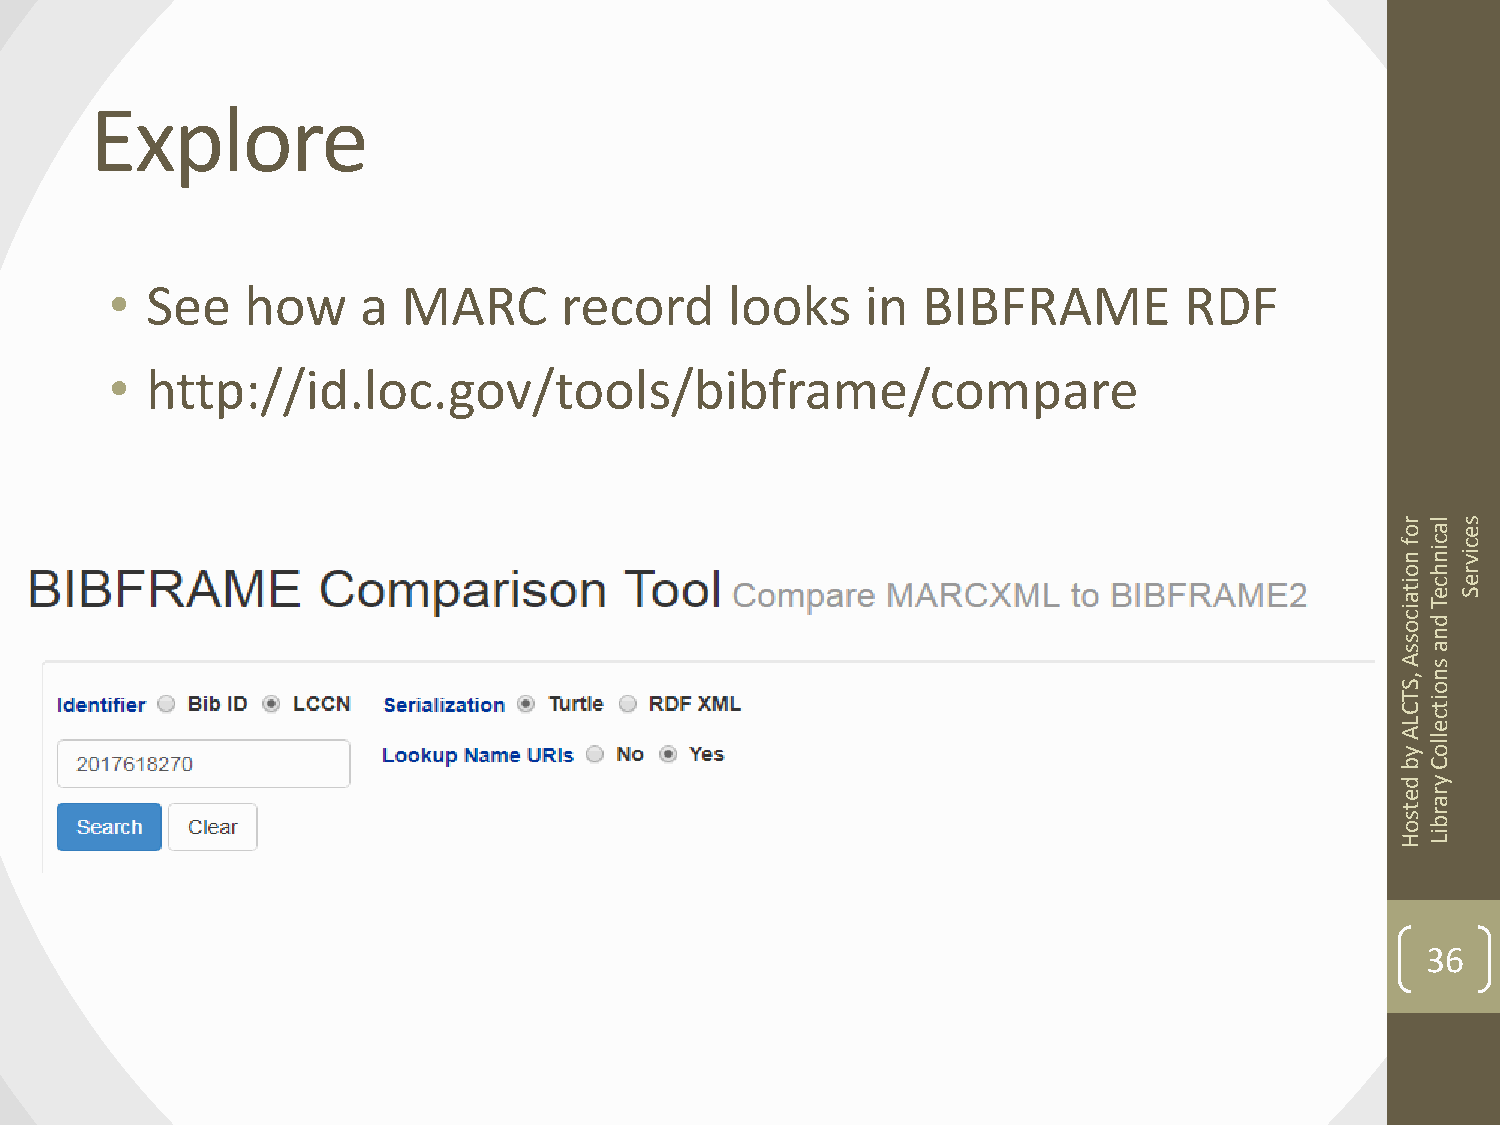
Explore
 •  See   how     a  MARC      record     looks    in  BIBFRAME         RDF
 •  http://id.loc.gov/tools/bibframe/compare
 r
 o
 las
 e
 f nc inc
 iv
 ohr
 it ac
 e
 Te
 S
 ic
 o d
 sn
 sa
 A s
 ,n
 So
 T Cit
 c
 Le
 A yllo
 bC
 d y
 er
 a
 t s or b
 HiL
 36